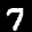
Label: 7